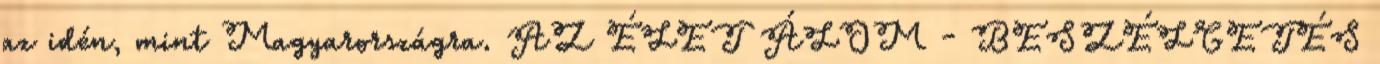
az idén, mint Magyarországra. AZ ÉLET ÁLOM - BESZÉLGETÉS